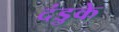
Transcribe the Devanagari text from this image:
दंडुके